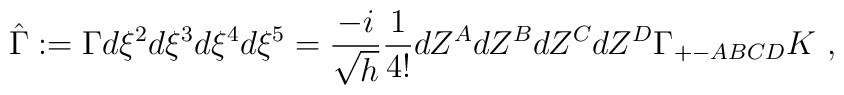
\hat{\Gamma}:=\Gamma d\xi^2 d\xi^3 d\xi^4 d\xi^5        = \frac{- i}{\sqrt{h}}\frac{1}{4!}dZ^{A}dZ^{B}dZ^{C}dZ^{D}       \Gamma_{+-ABCD}K ~,